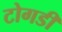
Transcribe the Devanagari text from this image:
टोगडी